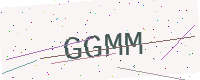
Text: GGMM